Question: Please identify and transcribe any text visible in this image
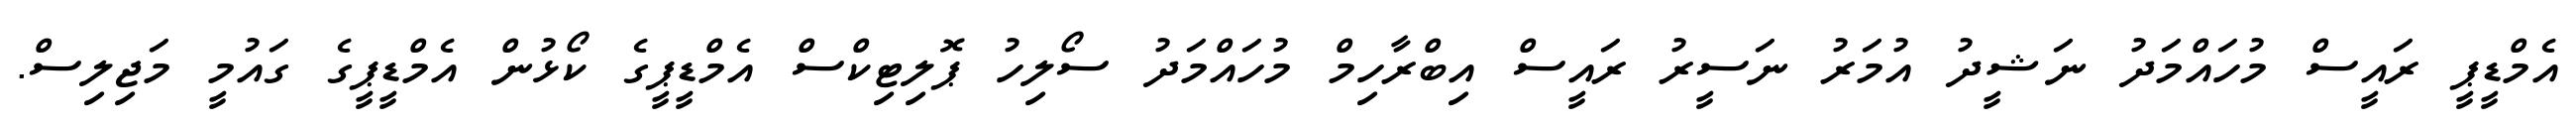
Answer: އެމްޑީޕީ ރައީސް މުހައްމަދު ނަޝީދު އުމަރު ނަސީރު ރައީސް އިބްރާހިމް މުހައްމަދު ސޯލިހު ޕޮލިޓިކްސް އެމްޑީޕީގެ ކޯޅުން އެމްޑީޕީގެ ގައުމީ މަޖިލިސް.